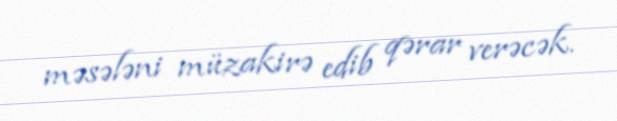
məsələni müzakirə edib qərar verəcək.